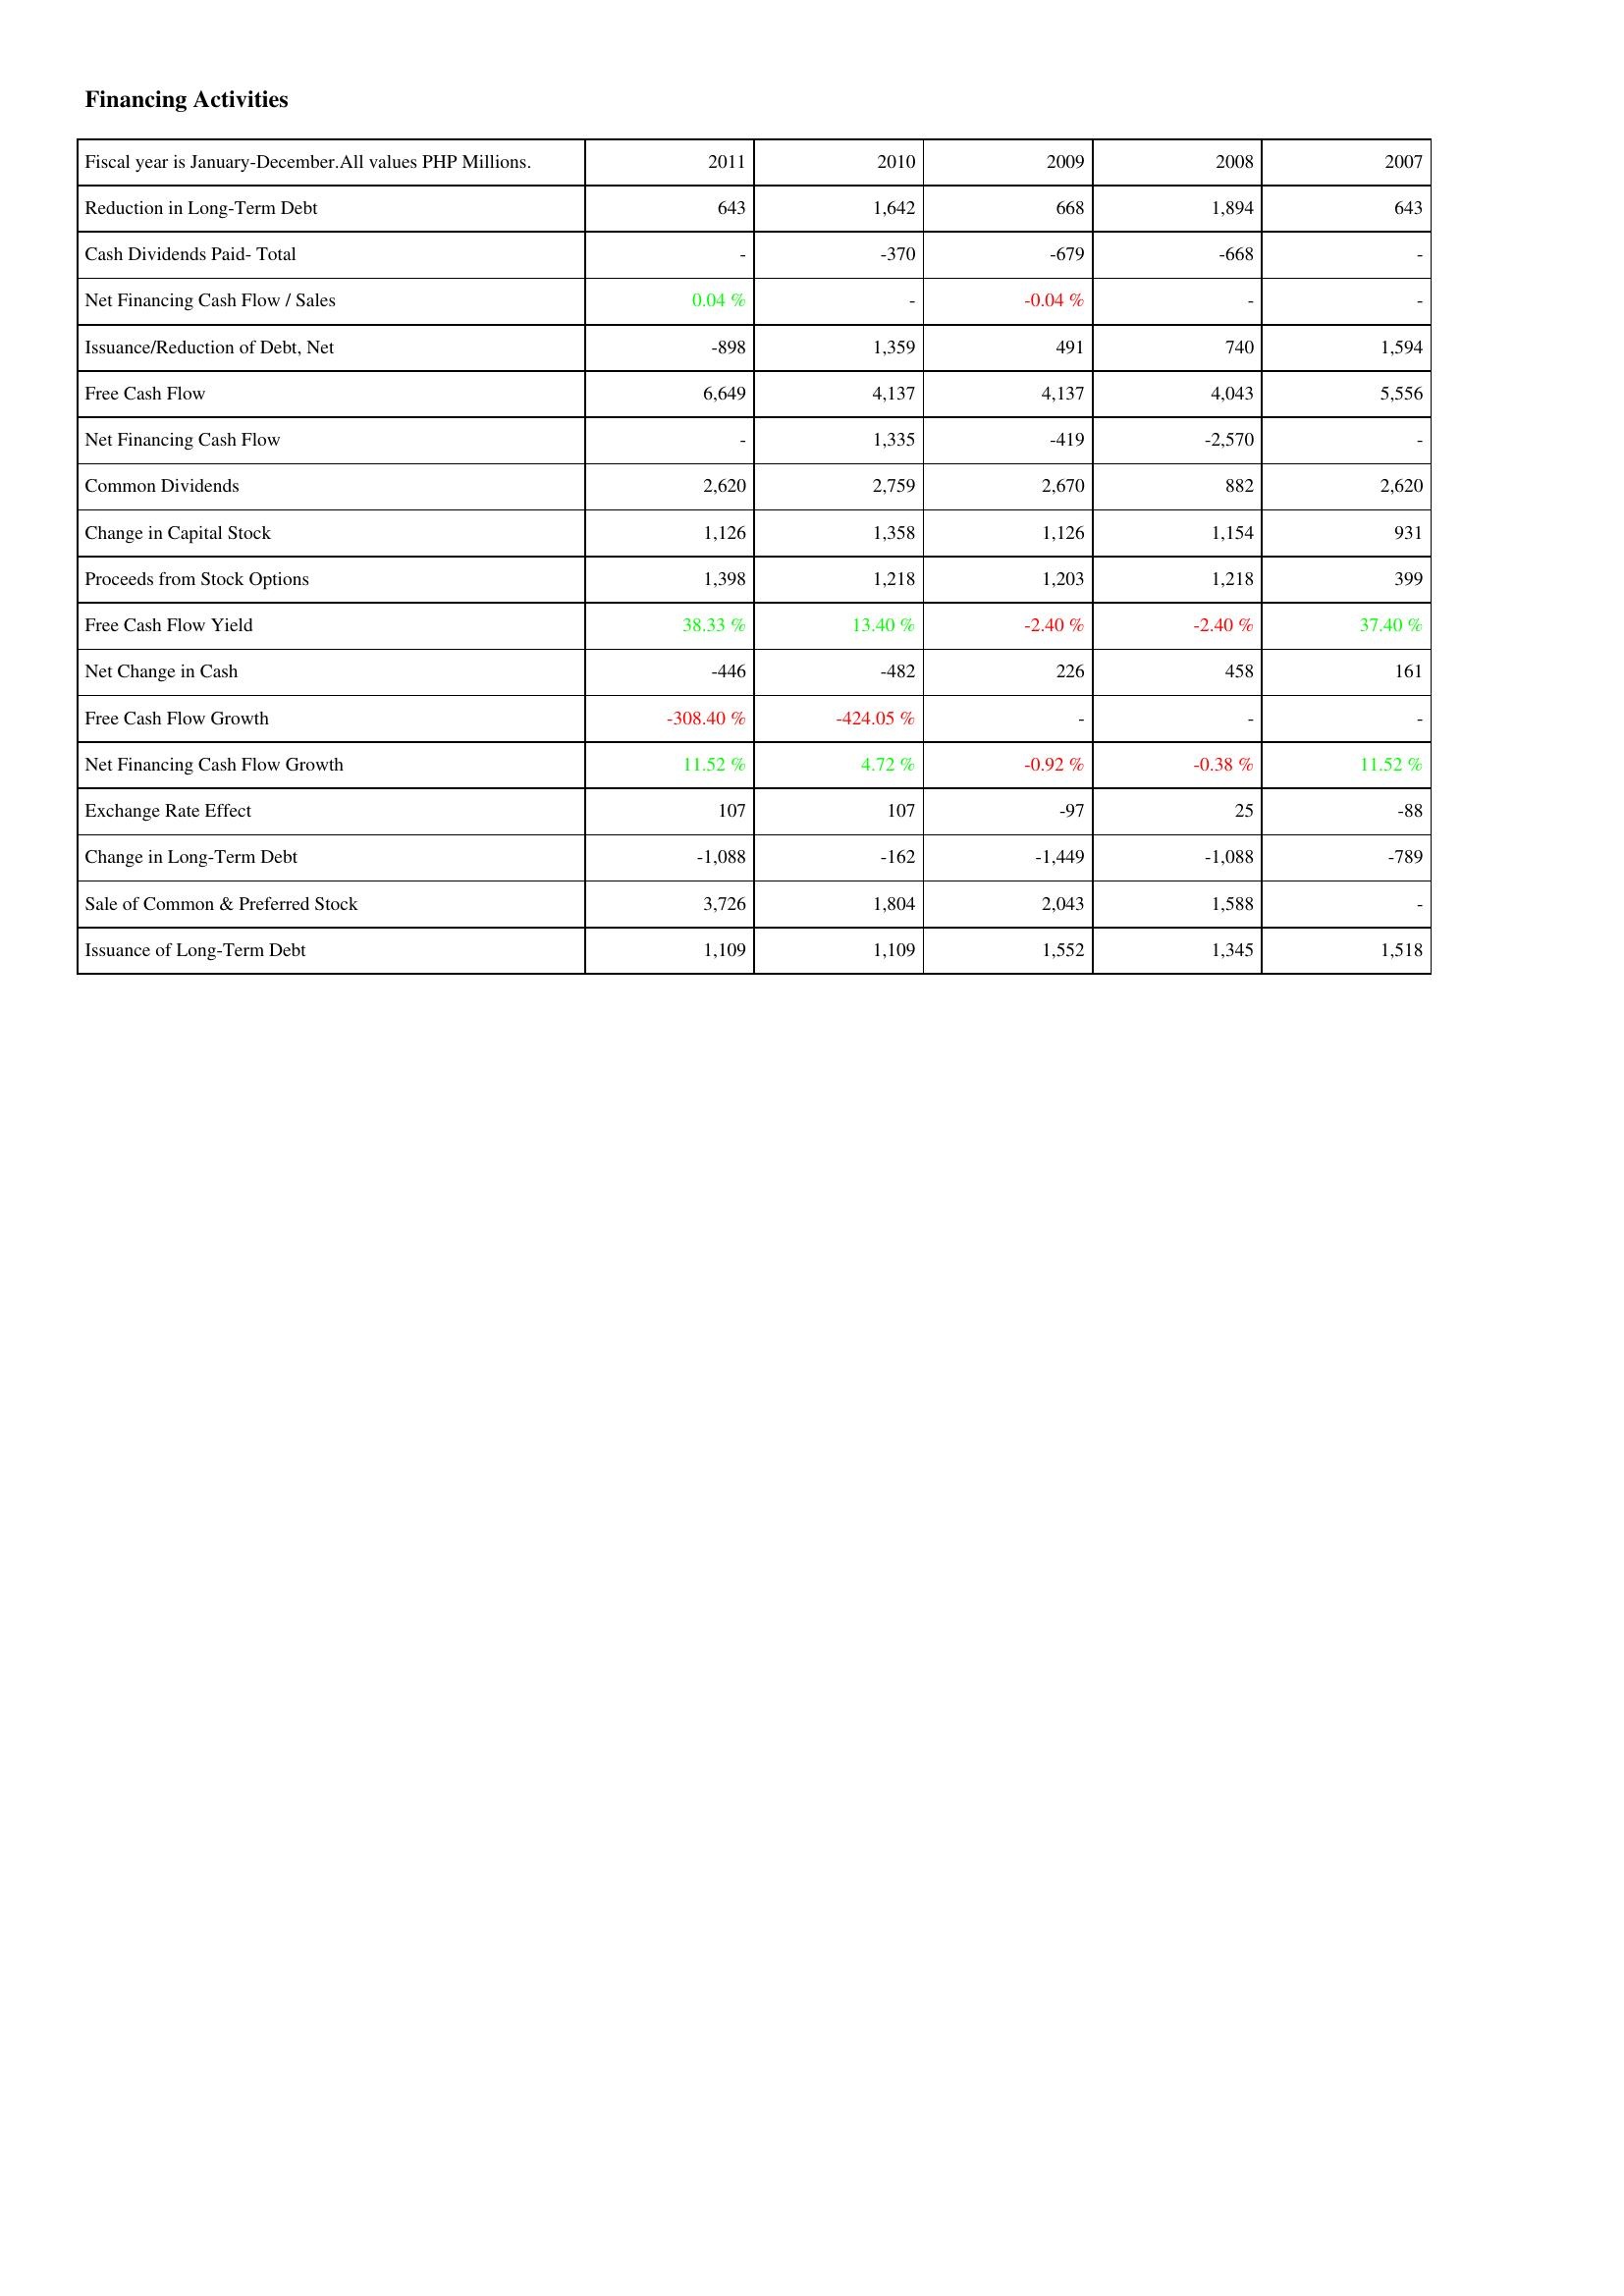
2011: Financing Activities: Reduction in Long-Term Debt: 643
Cash Dividends Paid- Total: -
Net Financing Cash Flow / Sales: 0.04 %
Issuance/Reduction of Debt, Net: -898
Free Cash Flow: 6,649
Net Financing Cash Flow: -
Common Dividends: 2,620
Change in Capital Stock: 1,126
Proceeds from Stock Options: 1,398
Free Cash Flow Yield: 38.33 %
Net Change in Cash: -446
Free Cash Flow Growth: -308.40 %
Net Financing Cash Flow Growth: 11.52 %
Exchange Rate Effect: 107
Change in Long-Term Debt: -1,088
Sale of Common & Preferred Stock: 3,726
Issuance of Long-Term Debt: 1,109
2010: Financing Activities: Reduction in Long-Term Debt: 1,642
Cash Dividends Paid- Total: -370
Net Financing Cash Flow / Sales: -
Issuance/Reduction of Debt, Net: 1,359
Free Cash Flow: 4,137
Net Financing Cash Flow: 1,335
Common Dividends: 2,759
Change in Capital Stock: 1,358
Proceeds from Stock Options: 1,218
Free Cash Flow Yield: 13.40 %
Net Change in Cash: -482
Free Cash Flow Growth: -424.05 %
Net Financing Cash Flow Growth: 4.72 %
Exchange Rate Effect: 107
Change in Long-Term Debt: -162
Sale of Common & Preferred Stock: 1,804
Issuance of Long-Term Debt: 1,109
2009: Financing Activities: Reduction in Long-Term Debt: 668
Cash Dividends Paid- Total: -679
Net Financing Cash Flow / Sales: -0.04 %
Issuance/Reduction of Debt, Net: 491
Free Cash Flow: 4,137
Net Financing Cash Flow: -419
Common Dividends: 2,670
Change in Capital Stock: 1,126
Proceeds from Stock Options: 1,203
Free Cash Flow Yield: -2.40 %
Net Change in Cash: 226
Free Cash Flow Growth: -
Net Financing Cash Flow Growth: -0.92 %
Exchange Rate Effect: -97
Change in Long-Term Debt: -1,449
Sale of Common & Preferred Stock: 2,043
Issuance of Long-Term Debt: 1,552
2008: Financing Activities: Reduction in Long-Term Debt: 1,894
Cash Dividends Paid- Total: -668
Net Financing Cash Flow / Sales: -
Issuance/Reduction of Debt, Net: 740
Free Cash Flow: 4,043
Net Financing Cash Flow: -2,570
Common Dividends: 882
Change in Capital Stock: 1,154
Proceeds from Stock Options: 1,218
Free Cash Flow Yield: -2.40 %
Net Change in Cash: 458
Free Cash Flow Growth: -
Net Financing Cash Flow Growth: -0.38 %
Exchange Rate Effect: 25
Change in Long-Term Debt: -1,088
Sale of Common & Preferred Stock: 1,588
Issuance of Long-Term Debt: 1,345
2007: Financing Activities: Reduction in Long-Term Debt: 643
Cash Dividends Paid- Total: -
Net Financing Cash Flow / Sales: -
Issuance/Reduction of Debt, Net: 1,594
Free Cash Flow: 5,556
Net Financing Cash Flow: -
Common Dividends: 2,620
Change in Capital Stock: 931
Proceeds from Stock Options: 399
Free Cash Flow Yield: 37.40 %
Net Change in Cash: 161
Free Cash Flow Growth: -
Net Financing Cash Flow Growth: 11.52 %
Exchange Rate Effect: -88
Change in Long-Term Debt: -789
Sale of Common & Preferred Stock: -
Issuance of Long-Term Debt: 1,518